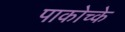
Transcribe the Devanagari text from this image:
पाकोच्के